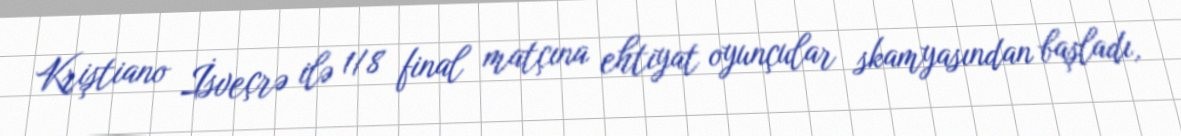
Kriştiano İsveçrə ilə 1/8 final matçına ehtiyat oyunçular skamyasından başladı,